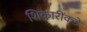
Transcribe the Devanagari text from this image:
शिकारींकडे